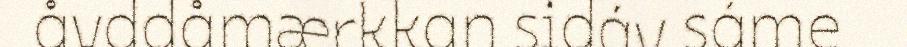
åvddåmærkkan sidáv sáme